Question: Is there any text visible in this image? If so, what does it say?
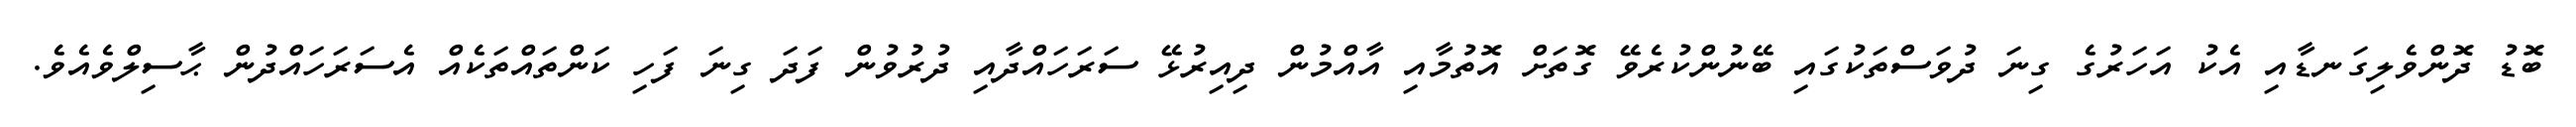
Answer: ބޮޑު ދޮންވެލިގަނޑާއި އެކު އަހަރުގެ ގިނަ ދުވަސްތަކުގައި ބޭނުންކުރެވޭ ގޮތަށް އޮތުމާއި އާއްމުން ދިއިރުޅޭ ސަރަހައްދާއި ދުރުވުން ފަދަ ގިނަ ފަހި ކަންތައްތަކެއް އެސަރަހައްދުން ޙާސިލްވެއެވެ.